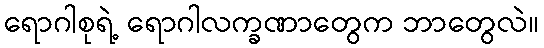
ရောဂါစုရဲ့ ရောဂါလက္ခဏာတွေက ဘာတွေလဲ။